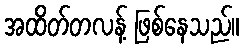
အထိတ်တလန့် ဖြစ်နေသည်။